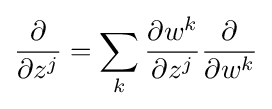
{\frac {\partial }{\partial z^{j}}}=\sum _{k}{\frac {\partial w^{k}}{\partial z^{j}}}{\frac {\partial }{\partial w^{k}}}